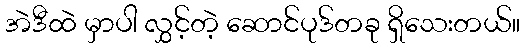
အဲဒီထဲ မှာပါ လွှင့်တဲ့ ဆောင်ပုဒ်တခု ရှိသေးတယ်။